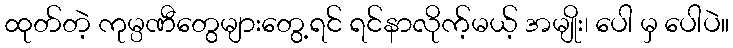
ထုတ်တဲ့ ကုမ္ပဏီတွေများတွေ့ရင် ရင်နာလိုက့်မယ့် အမျိုး၊ ပေါ မှ ပေါပဲ။